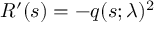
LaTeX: R ^ { \prime } ( s ) = - q ( s ; \lambda ) ^ { 2 }